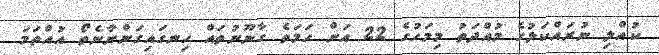
ކުއްލި ނުރައްކަލުގެ މުއްދަތު މިމަހުގެ 22 އަށް ހަމަވެ ގާނޫނުތައް ހިނގައިގަންނާނެތޯ އުއްތަމަ